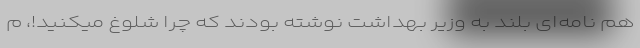
هم نامه‌ای بلند به وزیر بهداشت نوشته بودند که چرا شلوغ میکنید!، م